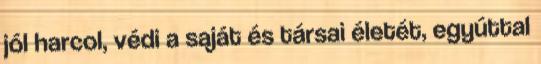
jól harcol, védi a saját és társai életét, egyúttal